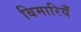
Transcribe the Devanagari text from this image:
बिमारियँ